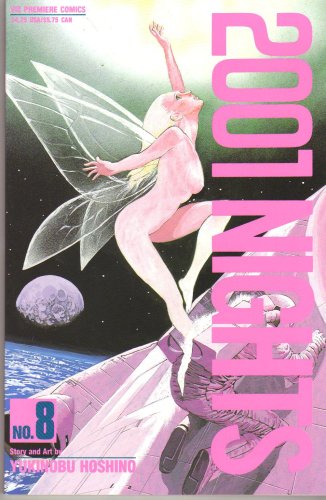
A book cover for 2001 Nights No. 8; Yukinobu Hoshino; Comics & Graphic Novels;